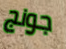
جونج